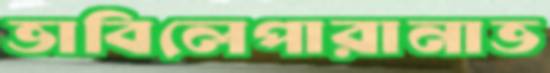
ভাবিলেপারানাভ